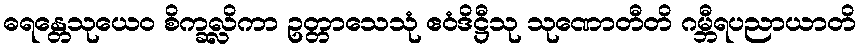
ဓရန္တေသုယေဝ စိက္ခလ္လိကာ ဥတ္တာသေသုံ ဧဝံဒိဋ္ဌီသု သုဏောတီတိ ဂမ္ဘီရပညာယာတိ